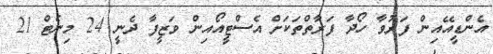
އެންޑީއޭއިން ފަރުވާ ހޯދާ ފަރާތްތަކަށް އެސްޓީއޯއިން ވަޒީފާ ދެނީ 24 މިނެޓް 21